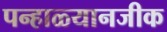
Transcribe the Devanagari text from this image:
पन्हाळ्यानजीक